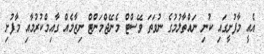
އެއީ މާފުށީގައި ކުނި ނައްތާލުމުގެ ނުވަތަ ވޭސްޓް މެނޭޖްމަންޓް ނިޒާމެއް ގާއިމްކުރުމާއި މާފުށި